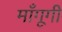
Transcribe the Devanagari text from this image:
माँगूगी